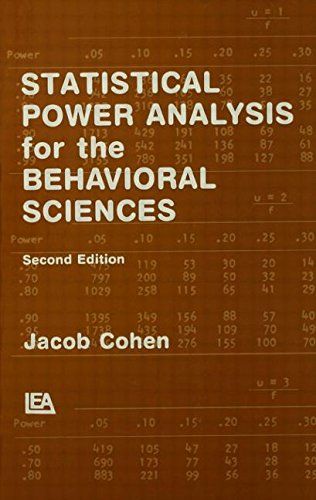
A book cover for Statistical Power Analysis for the Behavioral Sciences (2nd Edition); Jacob Cohen; Medical Books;